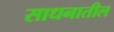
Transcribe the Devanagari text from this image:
साधनातील